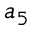
a _ { 5 }